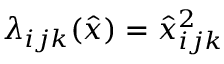
\lambda _ { i j k } ( \hat { x } ) = \hat { x } _ { i j k } ^ { 2 }